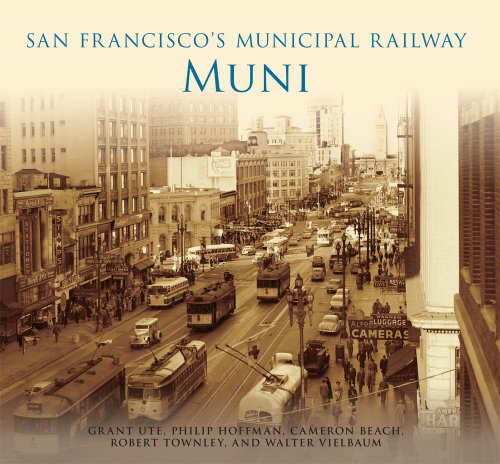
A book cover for San Francisco's Municipal Railway:; Grant Ute; Engineering & Transportation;